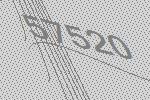
57520